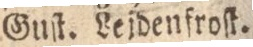
Gust. Lejdenfroſt.